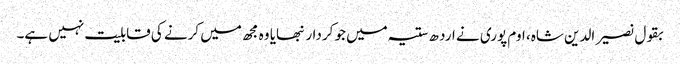
بقول نصیر الدین شاہ، اوم پوری نے ارد ھ ستیہ میں جو کردار نبھایا وہ مجھ میں کرنے کی قابلیت نہیں ہے۔